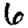
Digit: 6